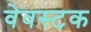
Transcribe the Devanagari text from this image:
वेवस्टक